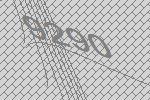
9290